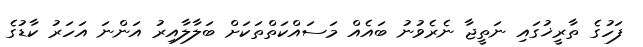
ފަހުގެ ތާރީޚުގައި ނަތީޖާ ނެރެވުނު ބައެއް މަސައްކަތްތަކަށް ބަލާލާއިރު އަންނަ އަހަރު ކާޑުގެ